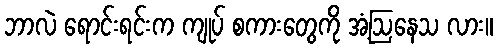
ဘာလဲ ရောင်းရင်းက ကျုပ် စကားတွေကို အံ့ဩနေသ လား။